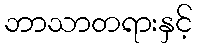
ဘာသာတရားနှင့်